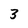
Character: 3